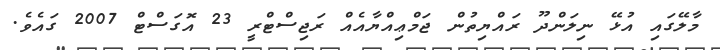
މާލޭގައި އުޅޭ ނިލަންދޫ ރައްޔިތުން ޖަމްޢިއްޔާއެއް ރަޖިސްޓްރީ 23 އޮގަސްޓް 2007 ގައެވެ.